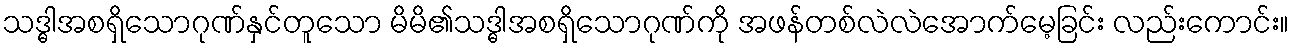
သဒ္ဓါအစရှိသောဂုဏ်နှင်တူသော မိမိ၏သဒ္ဓါအစရှိသောဂုဏ်ကို အဖန်တစ်လဲလဲအောက်မေ့ခြင်း လည်းကောင်း။